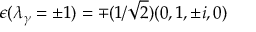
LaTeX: \epsilon ( \lambda _ { \gamma } = \pm 1 ) = \mp ( 1 / \sqrt { 2 } ) ( 0 , 1 , \pm i , 0 )